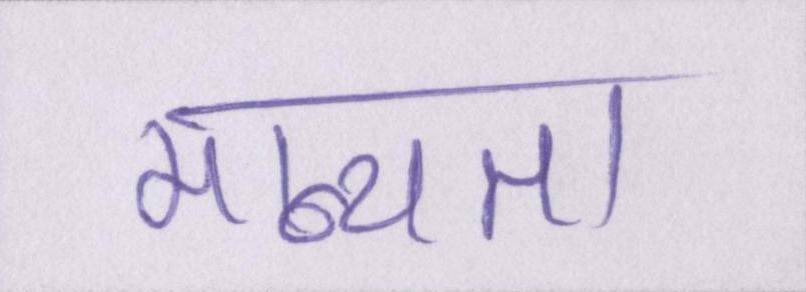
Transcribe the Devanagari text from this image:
मान्यता